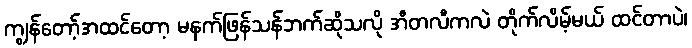
ကျွန်တော့်အထင်တော့ မနက်ဖြန်သန်ဘက်ဆိုသလို အီတလီကလဲ တိုက်လိမ့်မယ် ထင်တာပဲ၊